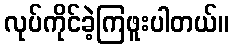
လုပ်ကိုင်ခဲ့ကြဖူးပါတယ်။